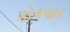
કોકવાર